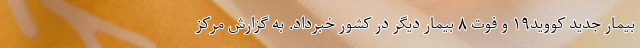
بیمار جدید کووید۱۹ و فوت ۸ بیمار دیگر در کشور خبرداد. به گزارش مرکز